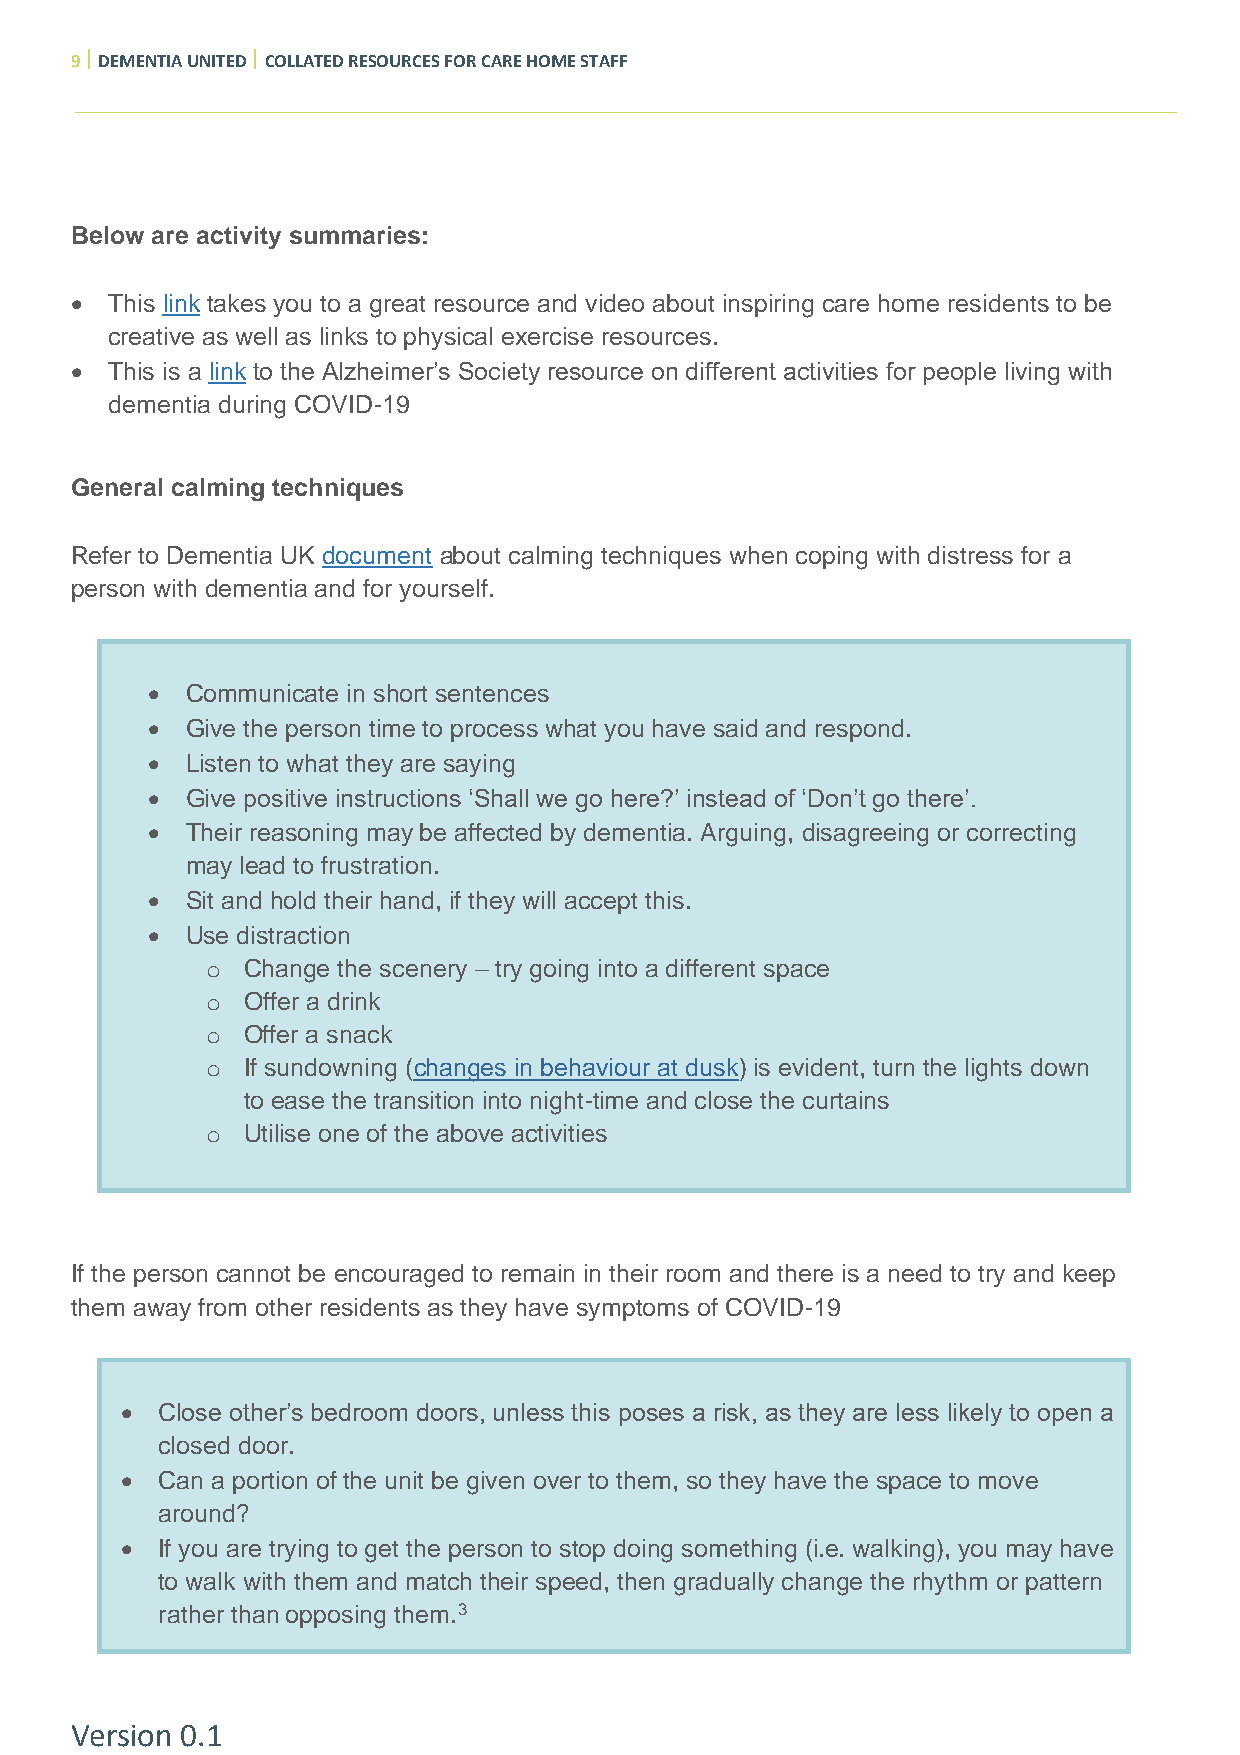
9  DEMENTIA UNITED  COLLATED RESOURCES FOR CARE HOME STAFF
 Below are activity summaries:
 • This link takes you to a great resource and video about inspiring care home residents to be
 creative as well as links to physical exercise resources.
 • This is a link to the Alzheimer’s Society resource on different activities for people living with
 dementia during COVID-19
 General calming techniques
 Refer to Dementia UK document about calming techniques when coping with distress for a
 person with dementia and for yourself.
 • Communicate in short sentences
 • Give the person time to process what you have said and respond.
 • Listen to what they are saying
 • Give positive instructions ‘Shall we go here?’ instead of ‘Don’t go there’.
 • Their reasoning may be affected by dementia. Arguing, disagreeing or correcting
 may lead to frustration.
 • Sit and hold their hand, if they will accept this.
 • Use distraction
 o Change the scenery – try going into a different space
 o Offer a drink
 o Offer a snack
 o If sundowning (changes in behaviour at dusk) is evident, turn the lights down
 to ease the transition into night-time and close the curtains
 o Utilise one of the above activities
 If the person cannot be encouraged to remain in their room and there is a need to try and keep
 them away from other residents as they have symptoms of COVID-19
 • Close other’s bedroom doors, unless this poses a risk, as they are less likely to open a
 closed door.
 • Can a portion of the unit be given over to them, so they have the space to move
 around?
 • If you are trying to get the person to stop doing something (i.e. walking), you may have
 to walk with them and match their speed, then gradually change the rhythm or pattern
 rather than opposing them.3
 Version 0.1